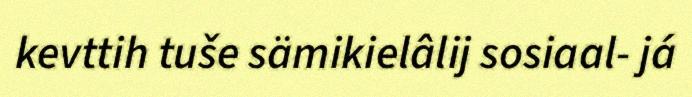
kevttih tuše sämikielâlij sosiaal- já